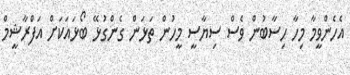
އެހެންވީމާ މިހާ ހިސާބުން ވެސް ސިޔާސީ މީހުން ތަޅަން ގެންގުޅޭ ބޯޅައަކަށް އަފްރާޝީމް